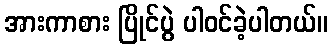
အားကာစား ပြိုင်ပွဲ ပါဝင်ခဲ့ပါတယ်။